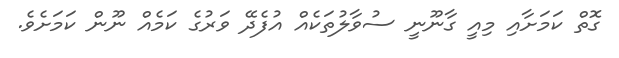
ގޮތް ކަމަށާއި މިއީ ގާނޫނީ ސުވާލުތަކެއް އުފެދޭ ވަރުގެ ކަމެއް ނޫން ކަމަށެވެ.